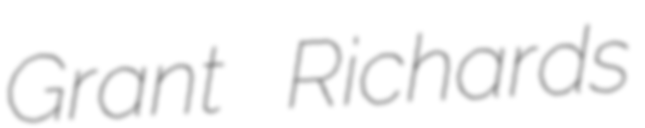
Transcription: Grant Richards